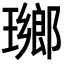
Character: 𤩬